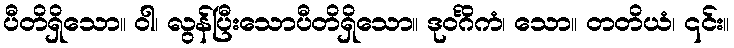
ပီတိရှိသော။ ဝါ၊ လွန်ပြီးသောပီတိရှိသော။ ဒုဝင်္ဂိကံ၊ သော။ တတိယံ၊ ၎င်း။